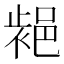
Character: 𨛷